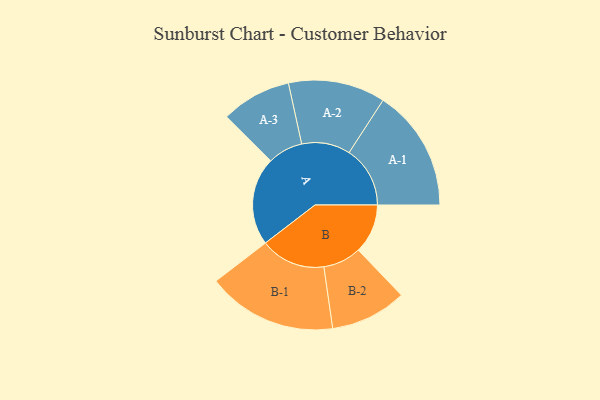
{"axis": {"x": "Segment", "y": "Value"}, "legend": ["", "A", "B"], "data": [{"x": "A", "y": 289, "type": ""}, {"x": "B", "y": 162, "type": ""}, {"x": "A-1", "y": 200, "type": "A"}, {"x": "A-2", "y": 159, "type": "A"}, {"x": "A-3", "y": 115, "type": "A"}, {"x": "B-1", "y": 213, "type": "B"}, {"x": "B-2", "y": 125, "type": "B"}]}